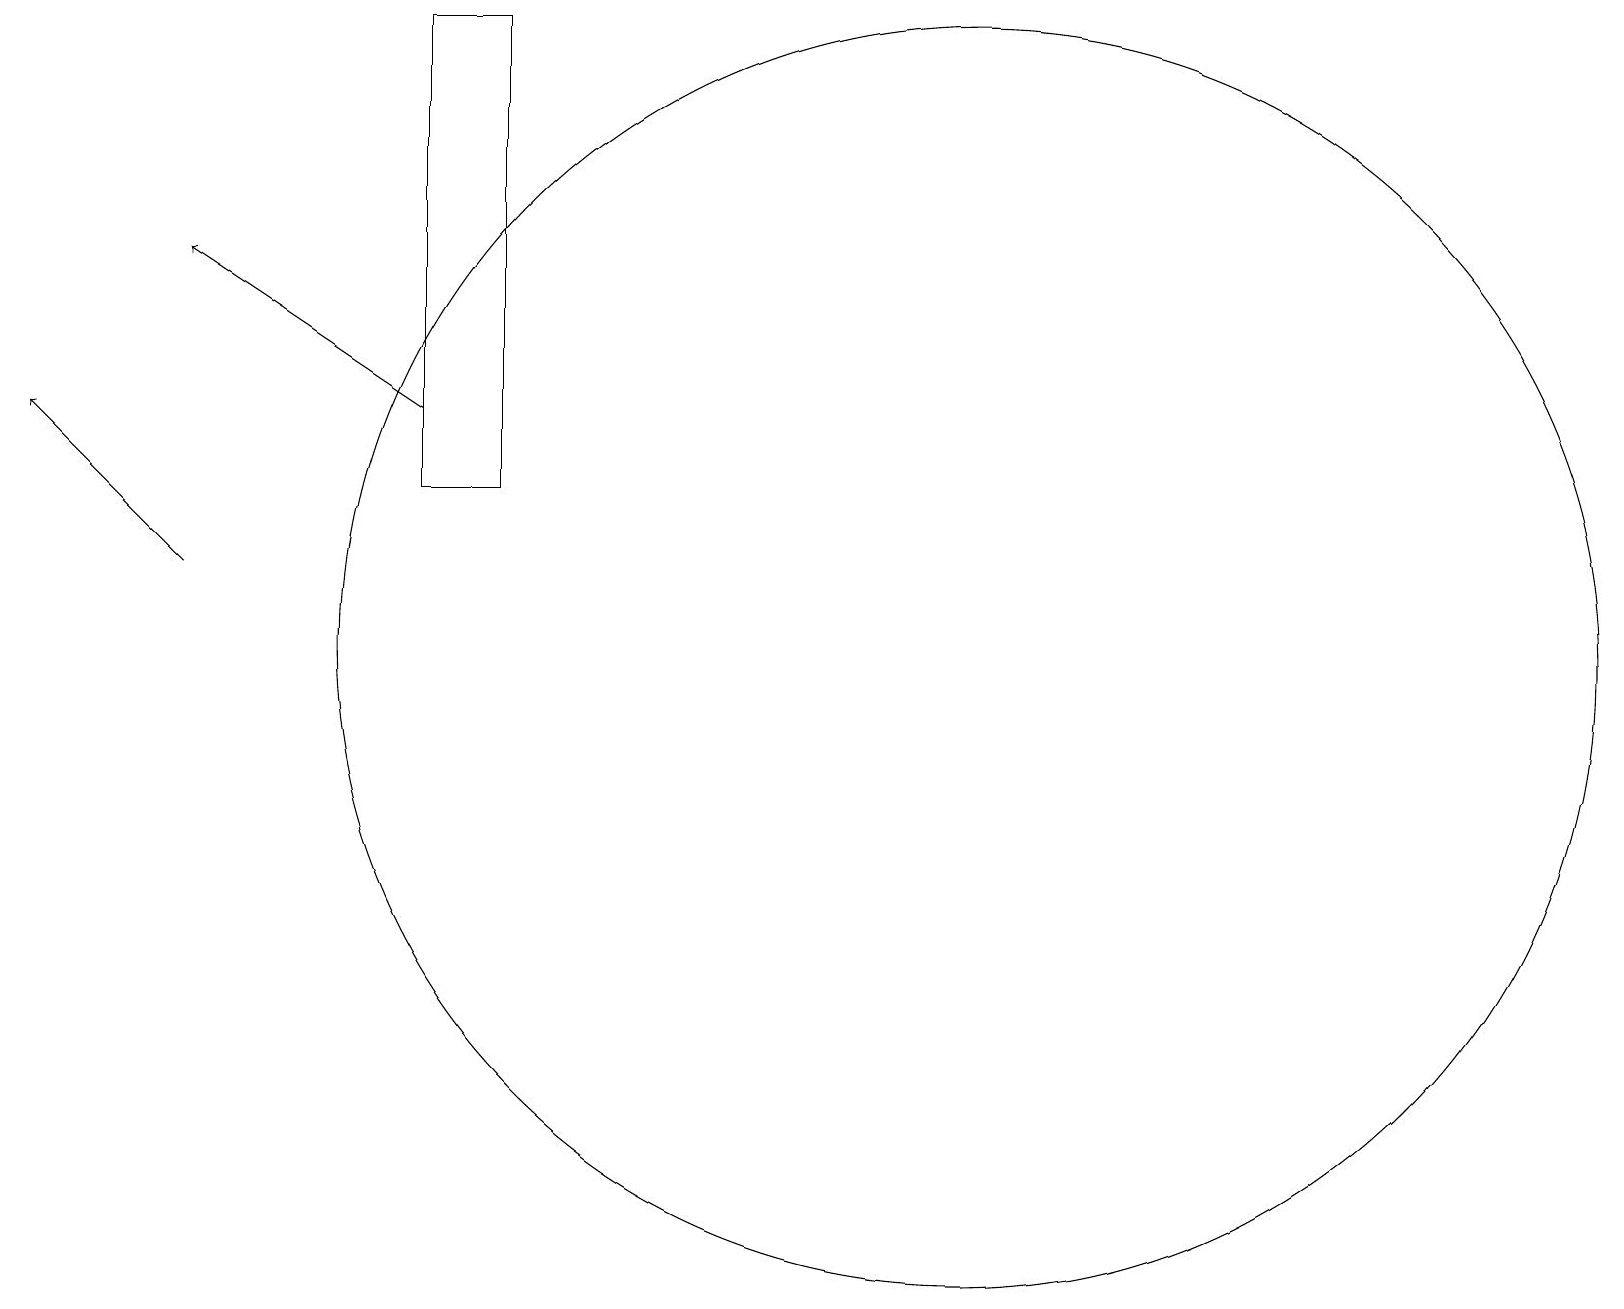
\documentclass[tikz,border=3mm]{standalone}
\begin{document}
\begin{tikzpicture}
\draw (5,19) rectangle (6,13);
\draw (10,10) circle (0);
\draw[->] (2,12) -- (0,14);
\draw[->] (5,14) -- (2,16);
\draw (12,11) circle (8);
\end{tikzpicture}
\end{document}